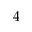
4